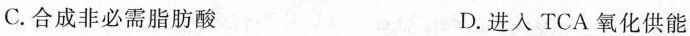
C.合成非必需脂肪酸 D.进入TCA氧化供能